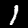
Digit: 1